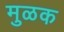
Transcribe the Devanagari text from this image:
मुळक